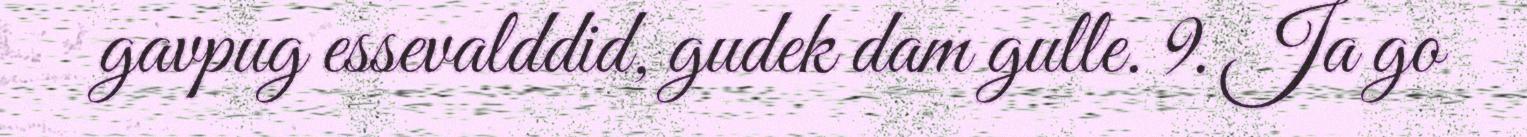
gavpug essevalddid, gudek dam gulle. 9. Ja go